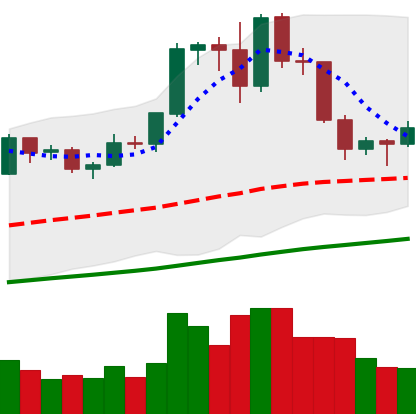
Ticker: EOS-USD
Chart end date: 2019-06-07
Forward return: -3.393%
Label: down_3_5